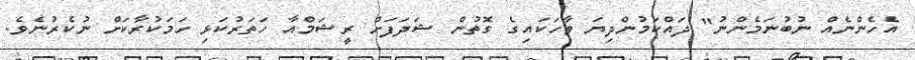
އެހެންނެއް ނުބުނަމެންނު" ދައްކަމުންދިޔަ ވާހަކައިގެ ގޮތުން ޝަދަފަށް ރީޝަމްއާ ހަތަރުކަޅި ހަމަކުރާކަށް ނުކެރުނެވެ.